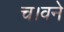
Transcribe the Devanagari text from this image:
च।वने